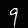
Label: 9